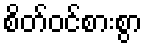
စိတ်ဝင်စားစွာ